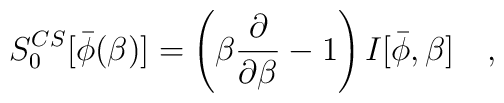
S_0^{CS}[\bar{\phi}(\beta)]=\left(\beta {\partial \over  \partial\beta}-1\right)I[\bar{\phi},\beta]~~~,